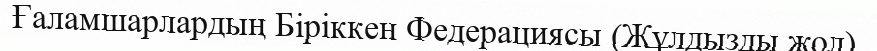
Ғаламшарлардың Біріккен Федерациясы (Жұлдызды жол).